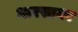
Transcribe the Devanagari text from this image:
भारसागर